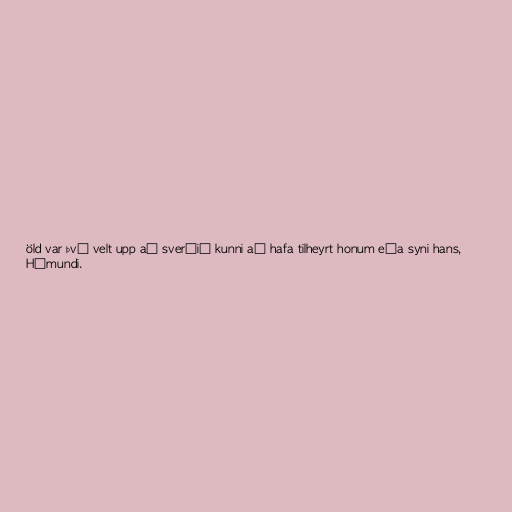
öld var því velt upp að sverðið kunni að hafa tilheyrt honum eða syni hans,
Hámundi.